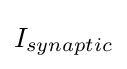
I_{synaptic}